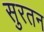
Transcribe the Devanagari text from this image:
सुरतन